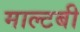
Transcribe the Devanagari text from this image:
माल्टबी